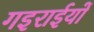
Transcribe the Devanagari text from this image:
गइराईयों